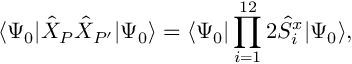
\langle \Psi _ { 0 } | \hat { X } _ { P } \hat { X } _ { P ^ { \prime } } | \Psi _ { 0 } \rangle = \langle \Psi _ { 0 } | \prod _ { i = 1 } ^ { 1 2 } 2 \hat { S } _ { i } ^ { x } | \Psi _ { 0 } \rangle ,